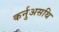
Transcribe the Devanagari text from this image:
कर्नुअसथि